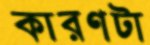
কারণটা